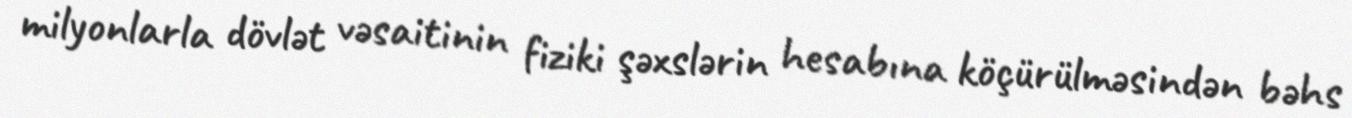
milyonlarla dövlət vəsaitinin fiziki şəxslərin hesabına köçürülməsindən bəhs